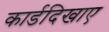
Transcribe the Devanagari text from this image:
कार्डदिखाए